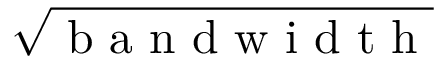
\sqrt { \textrm { b a n d w i d t h } }